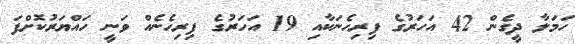
ހަމަލާ ދީގެން 42 އަހަރުގެ ފިރިހެނަކާއި 19 އަހަރުގެ ފިރިހެނެއް ވަނީ ހައްޔަރުކޮށްފަ